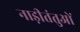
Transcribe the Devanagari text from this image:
नाड़ीतंतुओं